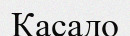
Касадо